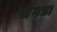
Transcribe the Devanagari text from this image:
सेंगडा